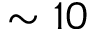
\sim 1 0